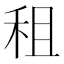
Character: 租